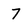
Character: 7